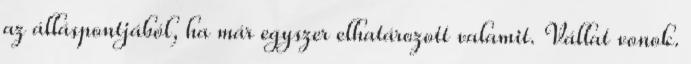
az álláspontjából, ha már egyszer elhatározott valamit. Vállat vonok.